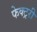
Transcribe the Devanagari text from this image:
फेक्ट्ररी